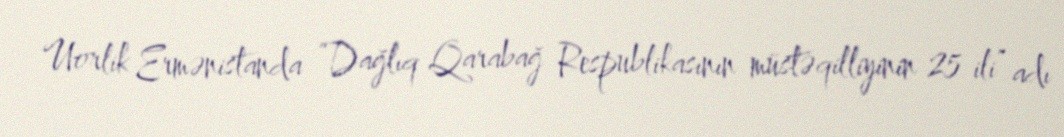
Uorlik Ermənistanda “Dağlıq Qarabağ Respublikasının müstəqilliyinin 25 ili” adı